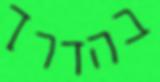
בהדרך